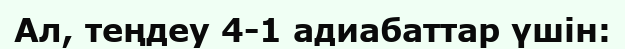
Ал, теңдеу 4-1 адиабаттар үшін: